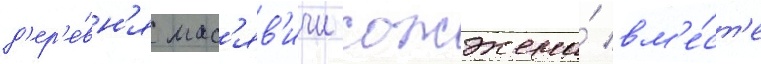
д'ер'е́вн'я мас'яв'ичи сожжена́ вм'е́ст'е